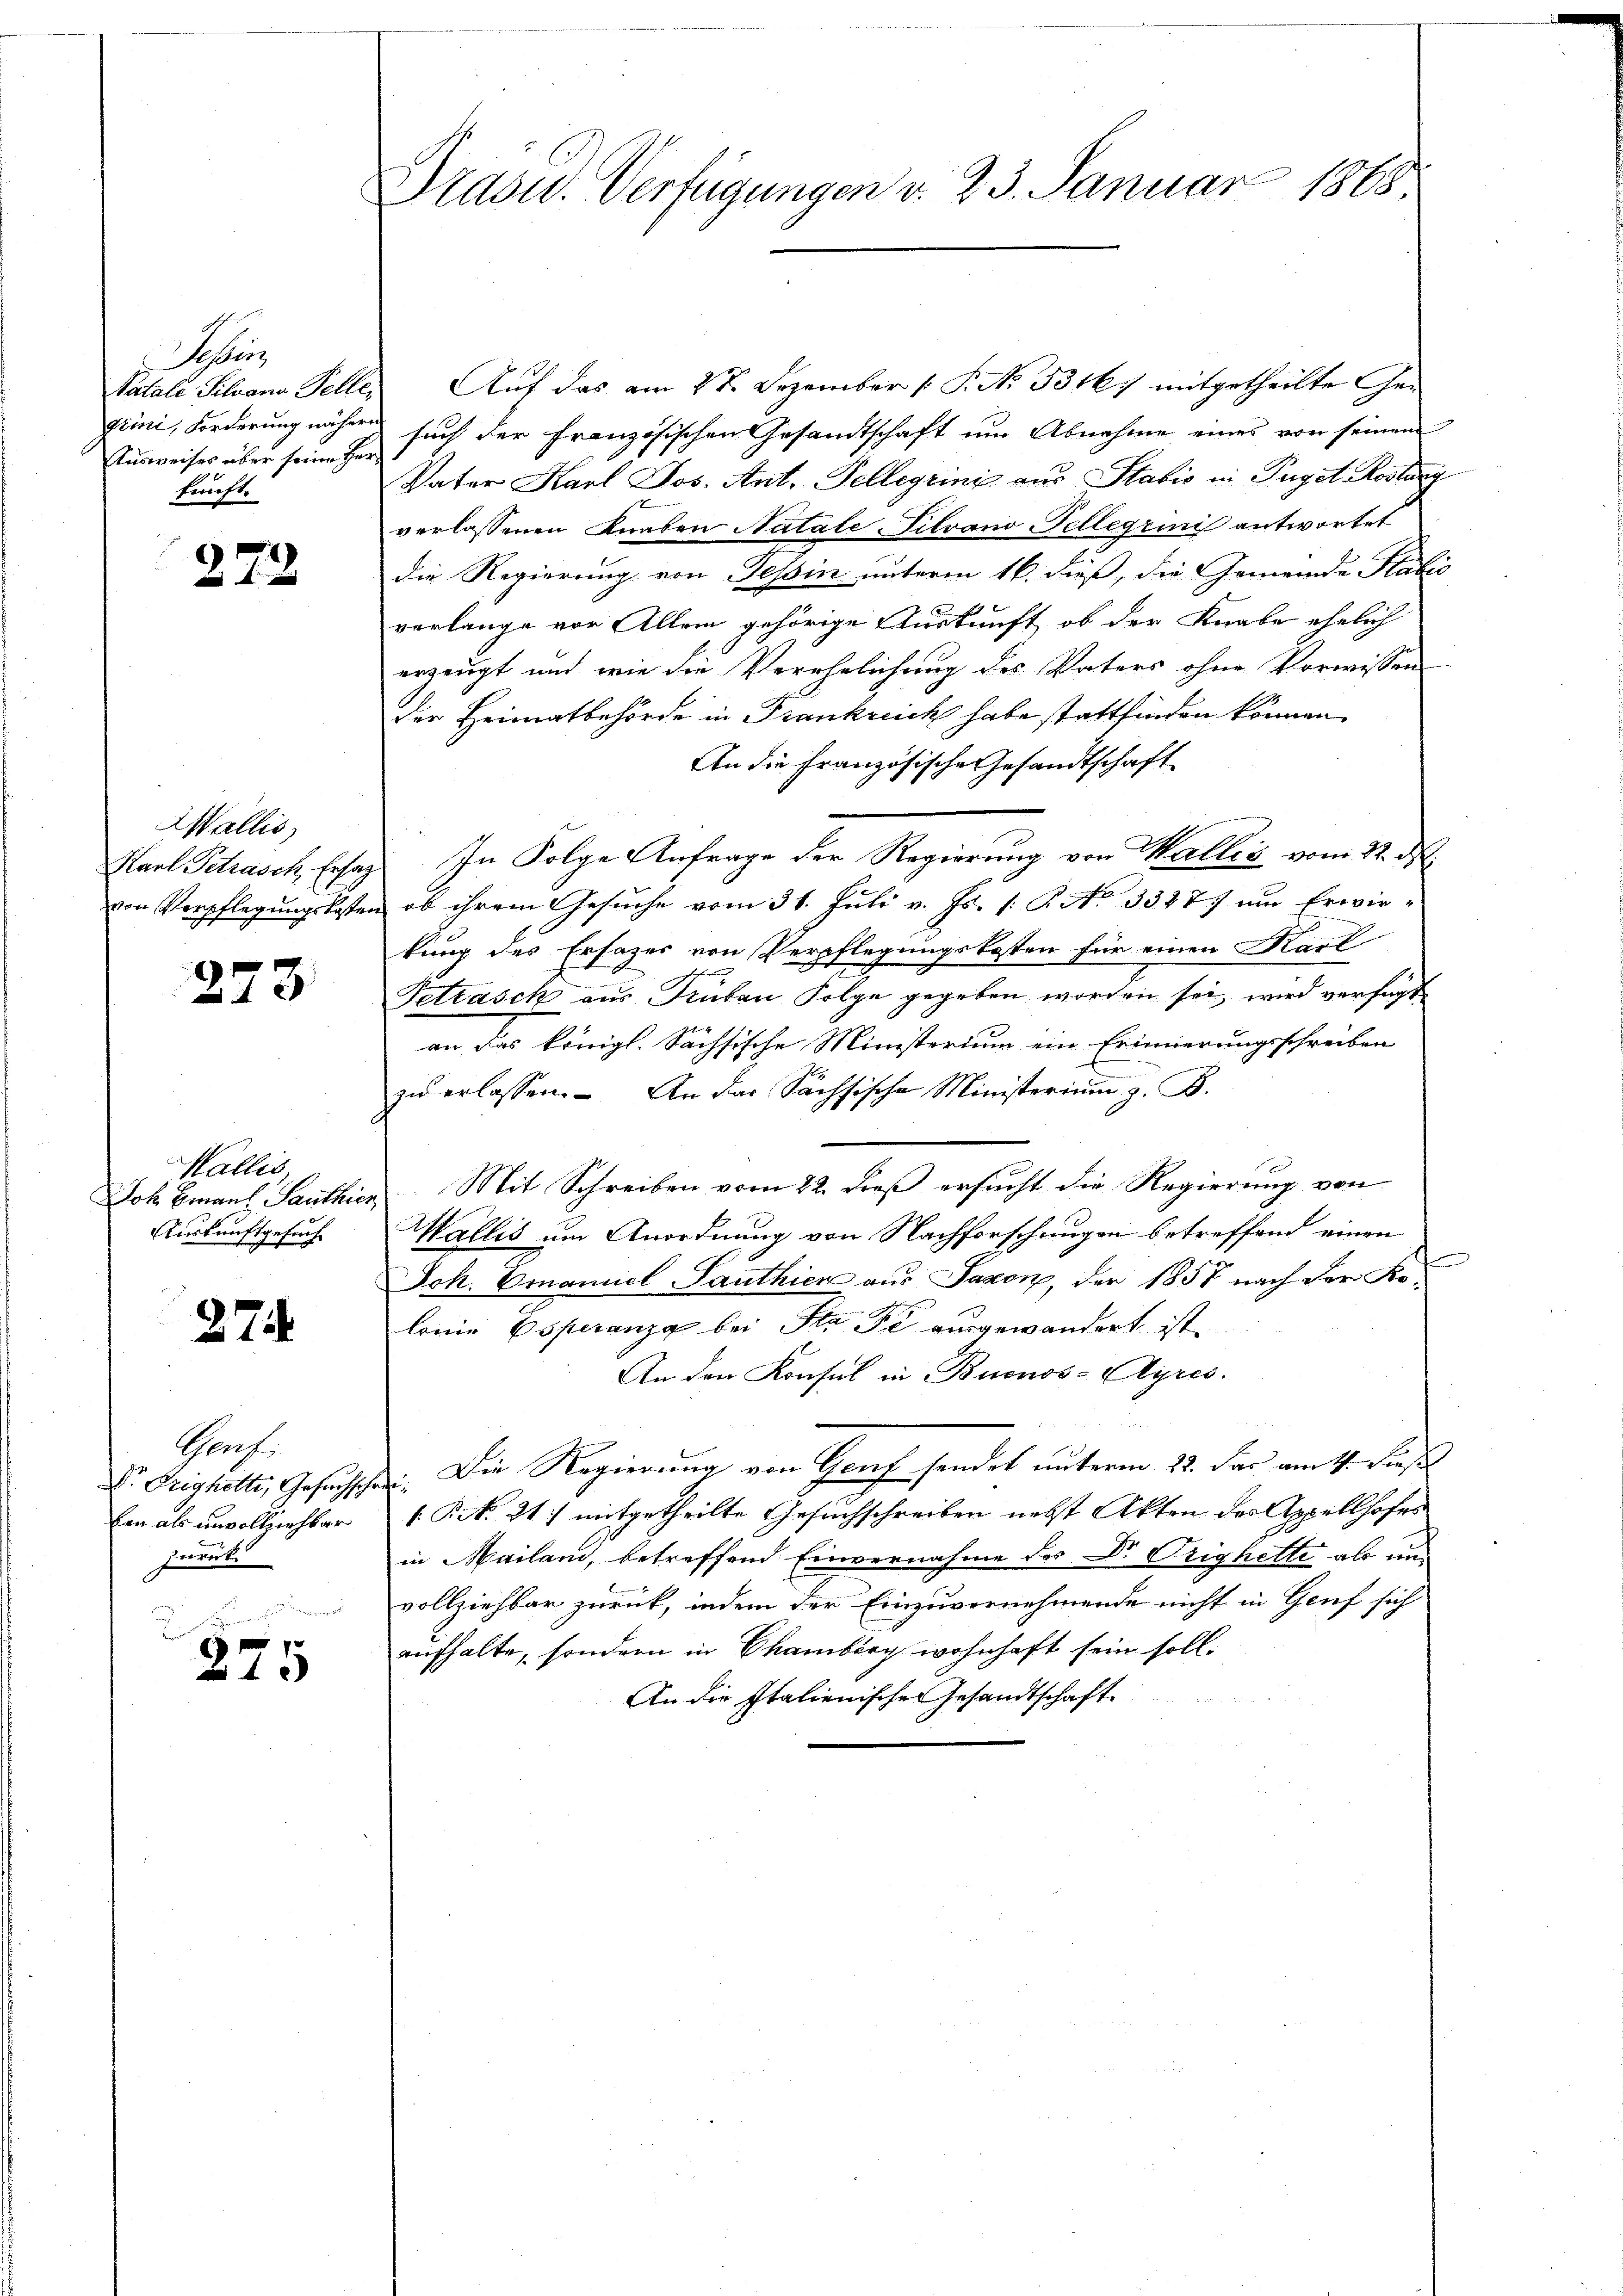
Schei
Patale Silvana Telle,
gimi, Forderung nähern
Ausweises über seine Herr
funft.

272

Wallis,
Karl Petrusch, Ersat

273

Wallis
Joh Bmans Panthien,
Auskunftgesuch

274

Prof.
ben als unvollziehbar
zurück.

275

Pradw. Verfügungen d. 23. Januar 1868.

Auf das am 2ten Dezember 1 S. N. 5316) mitgetheilte Gesuch der Französischen Gesandtschaft um Abnahme eines von seinem
Vater Karl Jos. Ant. Tellegrini aus Stabis in Tuget Roslang
verlassenen Knaben Natale Tilvano Fellerini antwortet
die Regierung von Tessin unterm 16. dieß, die Gemeinde Statis
verlange vor Allem gehörige Auskunft, ob der Knabe ehelich
erzeugt und wie die Verehelichung des Vaters ohne Vorwissen
der Heimatbehörde in Frankreich habe stattfinden können.
An die Französische Gesandtschaft
In Folge Anfrage der Regierung von Wallis vom 22. ds.
von Verpflegungskosten ob ihrem Gesuche vom 31. Juli v. Js. s. B. No 3327. um Erwirkung des Ersazes von Verpflegungskosten für einen Karl
Tetrasch aus Truben Folge gegeben worden sei, wird verfügt
an das königl. Sächsische Ministerium ein Erinnerungsschreiben
zŭ erlassen. An das Sächsische Ministerium z. B.
d Mit Schreiben vom 22. dieß ersucht die Regierung von
Wallis um Anordnung von Nachforschungen betreffend einen
n
Joh. Emanuel Santhier aus Saxon, der 1857 nach der Kolonie Esperanz bei St. Pe ausgewandert ist.
An den Konsul in Buenos-Ayres.
E Drighotti, Gesuchte. Die Regierung von Graf sendet unterm 22. der am 14. Dies
R. 217 mitgetheilte Gesuchschreiben nebst Akten des Appellhofes
in Mailand, betreffend Einvernahme des Dr. Orighette als unvollziehbar zurück, indem der Einzuvernehmende nicht in Genf sich
aufhalte, sondern in Chamberg wohnhaft sein soll.
An die Italienische Gesandtschaft